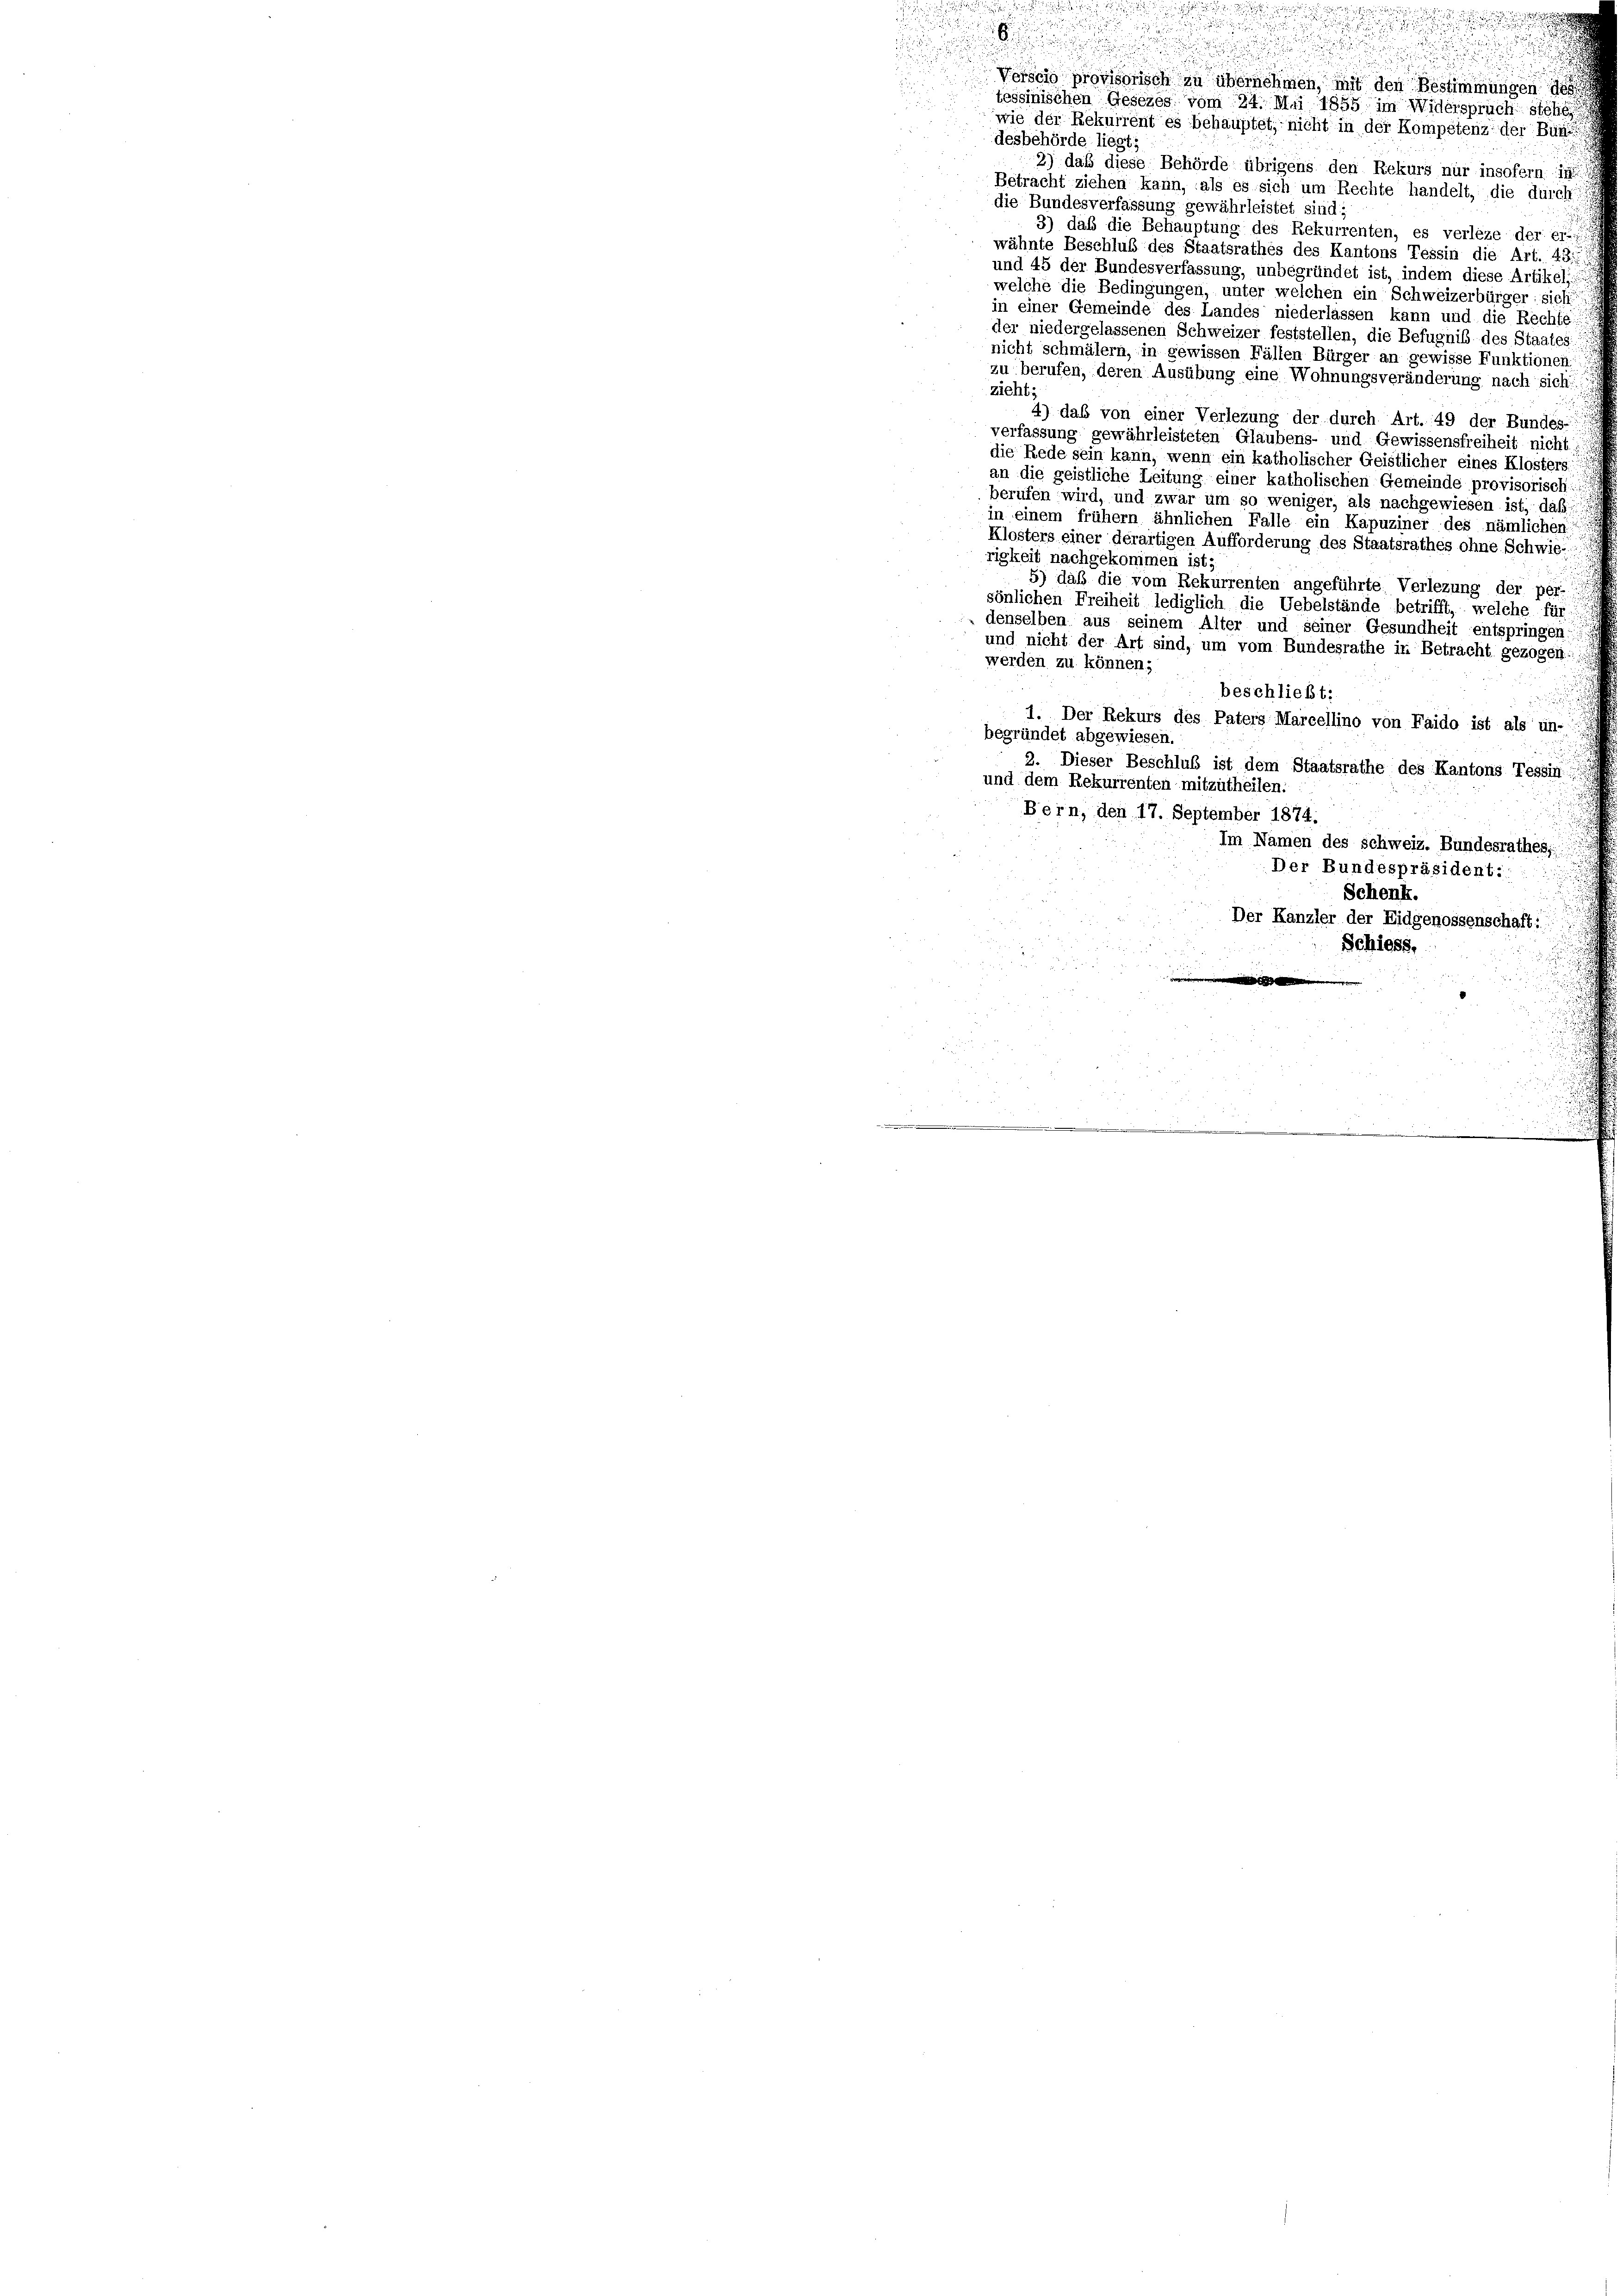
u

.

Vorscio provisorisch zu übernehmen, mit den Bestimmungen des
tessinischen Gesetzes vom 24. Mai 1855 im Widersprücht
wie der Rekurrent es behauptet, nicht in der Kompetenz der Bür
desbehörde liegt;
2) daß diese Behörde übrigens den Rekurs nur insofern, in
Betracht ziehen kann, als es sich um Rechte handelt, die durch
die Bundesverfassung gewährleistet sind;
3) daß die Behauptung des Rekurrenten, es verleze der ei
wähnte Beschluß des Staatsrathes des Kantons Tessin die Art. 43.
und 45 der Bundesverfassung, unbegründet ist, indem diese Artikeli:
welche die Bedingungen, unter welchen ein Schweizerbürger sich
in einer Gemeinde des Landes niederlassen kann und die Rechte
der niedergelassenen Schweizer feststellen, die Befugnis des Staates
nicht schmälern, in gewissen Fällen Bürger an gewisse Funktionen
zu berufen, deren Ausübung eine Wohnungsveränderung nach sich:
zieht,
4) das von einer Verlegung der durch Art. 49 der Bundes-
verfassung gewährleisteten Glaubens- und Gewissensfreiheit nicht
die Rede sein kann, wenn ein katholischer Geistlicher eines Klosters
an die geistliche Leitung einer katholischen Gemeinde provisorisch
berufen wird, und zwar um so weniger, als nachgewiesen ist, daß
in einem frühem ähnlichen Falle ein Kapuziner des nämlichen
Klosters einer derartigen Aufforderung des Staatsrathes ohne Schwie-
rigkeit nachgekommen ist.
5) daß die vom Rekurrenten angeführte Verlezung der per-
sönlichen Freiheit lediglich die Uebelstände betrifft, welche fü
denselben aus seinem Alter und seiner Gesundheit entspringen
und nicht der Art sind, um vom Bundesrathe in Betracht gezogen ::
werden zu können;
beschließt:
1. Der Rekurs des Paters Marcellino von Faido ist als un
begründet abgewiesen.
2. Dieser Beschluß ist dem Staatsrathe des Kantons Tessin
und dem Rekurrenten mitzutheilen.
Bern, den 17. September 1874.
Im Namen des Schweiz. Bundesrathe
Der Bundespräsident:
Schenk.
Der Kanzler der Eidgenossenscha
Schiess.

Sinne eine

u
u